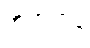
အဲဗာတန်